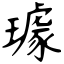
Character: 璩